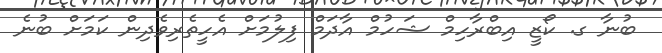
ބުނާ ގ. ކޯޒީ އިބްރާހިމް ޝަހުމް އާދަމް ފިލުމަށް އެހީތެރިވެދިން ކަމަށް ބުނެ